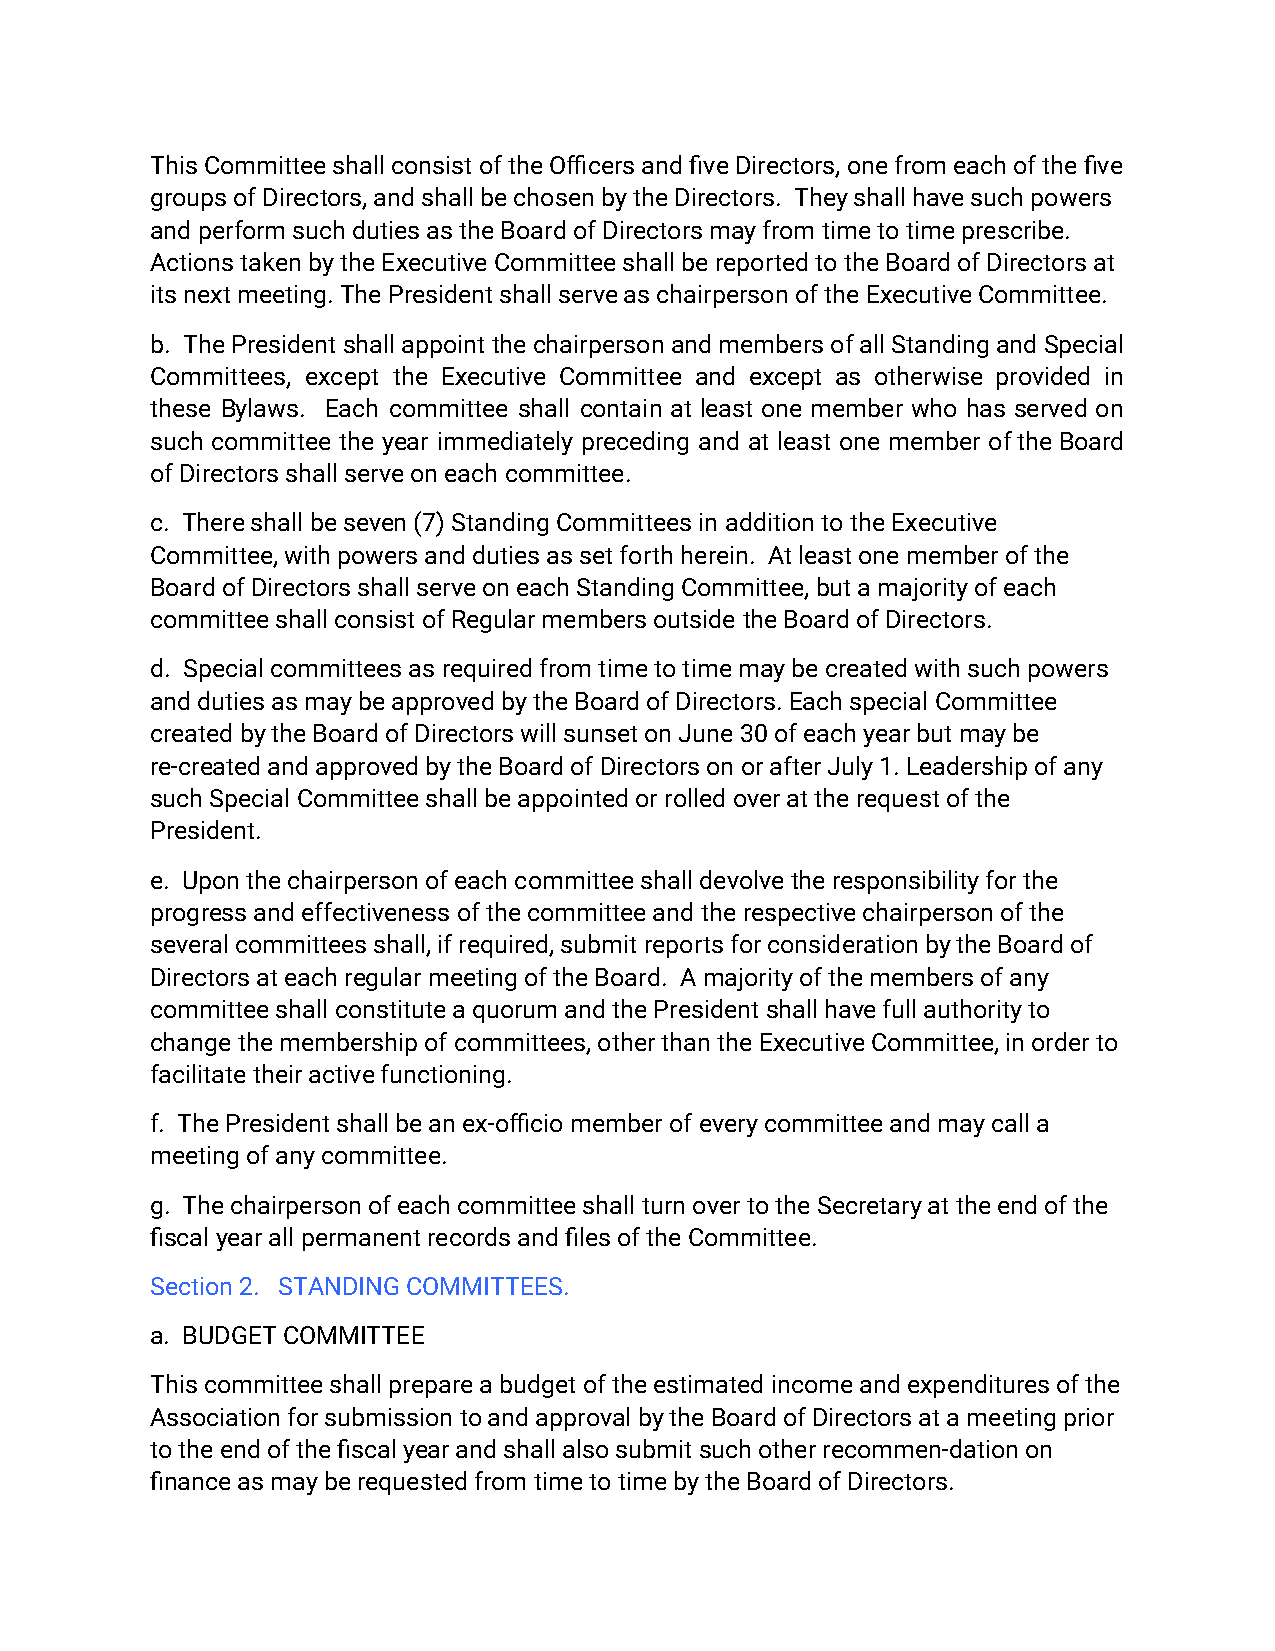
This Committee shall consist of the Officers and five Directors, one from each of the five
 groups of Directors, and shall be chosen by the Directors. They shall have such powers
 and perform such duties as the Board of Directorsmay from time to time prescribe.
 Actions taken by the Executive Committee shall bereported to the Board of Directors at
 its next meeting. The President shall serve as chairperson of the Executive Committee.
 b. ThePresidentshallappointthechairpersonandmembersofallStandingandSpecial
 Committees, except the Executive Committee and except as otherwise provided in
 these Bylaws. Each committee shall contain at least one member who has served on
 such committee the year immediately preceding and at least one member oftheBoard
 of Directors shall serve on each committee.
 c. There shall be seven (7) Standing Committees in addition to the Executive
 Committee, with powers and duties as set forth herein. At least one member of the
 Board of Directors shall serve on each Standing Committee,but a majority of each
 committee shall consist of Regular members outsidethe Board of Directors.
 d. Special committees as required from time to timemay be created with such powers
 and duties as may be approved by the Board of Directors.Each special Committee
 created by the Board of Directors will sunset on June30 of each year but may be
 re-created and approved by the Board of Directorson or after July 1. Leadership of any
 such Special Committee shall be appointed or rolledover at the request of the
 President.
 e. Upon the chairperson of each committee shall devolvethe responsibility for the
 progress and effectiveness of the committee and therespective chairperson of the
 several committees shall, if required, submit reportsfor consideration by the Board of
 Directors at each regular meeting of the Board. Amajority of the members of any
 committee shall constitute a quorum and the Presidentshall have full authority to
 change the membership of committees, other than theExecutive Committee, in order to
 facilitate their active functioning.
 f. The President shall be an ex‑officio member of every committee and may call a
 meeting of any committee.
 g. The chairperson of each committee shall turn over to the Secretary at the end of the
 fiscal year all permanent records and files of theCommittee.
 Section 2. STANDING COMMITTEES.
 a. BUDGET COMMITTEE
 This committee shall prepare a budget of the estimatedincome and expenditures of the
 Association for submission to and approval by theBoard of Directors at a meeting prior
 to the end of the fiscal year and shall also submitsuch other recommen-dation on
 finance as may be requested from time to time by theBoard of Directors.